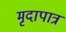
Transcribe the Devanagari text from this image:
मृदापात्र